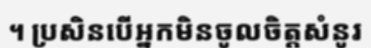
។ ប្រសិនបើអ្នកមិនចូលចិត្តសំនូរ